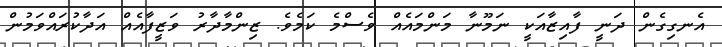
އެނގިގެން ދަނީ ފާއިޒާއަކީ ނަމޫނާ މަންމައެއް ވެސްމެ ކަމެވެ. ޒިންމާދާރު ވަޒީފާއެއް އަދާކުރައްވަމުން